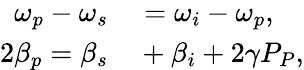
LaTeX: \begin{array}{rl}{\omega_{p}-\omega_{s}}&{{}=\omega_{i}-\omega_{p},}\\ {2\beta_{p}=\beta_{s}}&{{}+\beta_{i}+2\gamma P_{P},}\end{array}